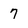
Character: 7